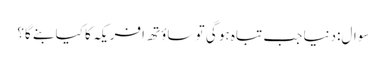
سوال:دنیا جب تباہ ہو گی تو ساؤتھ افریکہ کا کیا بنے گا؟